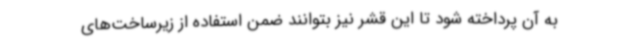
به آن پرداخته شود تا این قشر نیز بتوانند ضمن استفاده از زیرساخت‌های